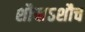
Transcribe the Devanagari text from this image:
शौचाऽशौच